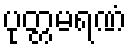
ပုတ္တမရဏံ